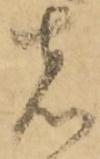
者